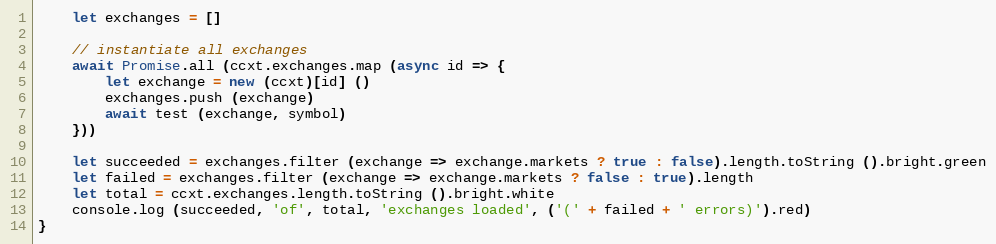
Language: JavaScript
    let exchanges = []

    // instantiate all exchanges
    await Promise.all (ccxt.exchanges.map (async id => {
        let exchange = new (ccxt)[id] ()
        exchanges.push (exchange)
        await test (exchange, symbol)
    }))

    let succeeded = exchanges.filter (exchange => exchange.markets ? true : false).length.toString ().bright.green
    let failed = exchanges.filter (exchange => exchange.markets ? false : true).length
    let total = ccxt.exchanges.length.toString ().bright.white
    console.log (succeeded, 'of', total, 'exchanges loaded', ('(' + failed + ' errors)').red)
}